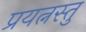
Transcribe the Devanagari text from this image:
प्रयत्नस्तु